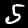
Digit: 5